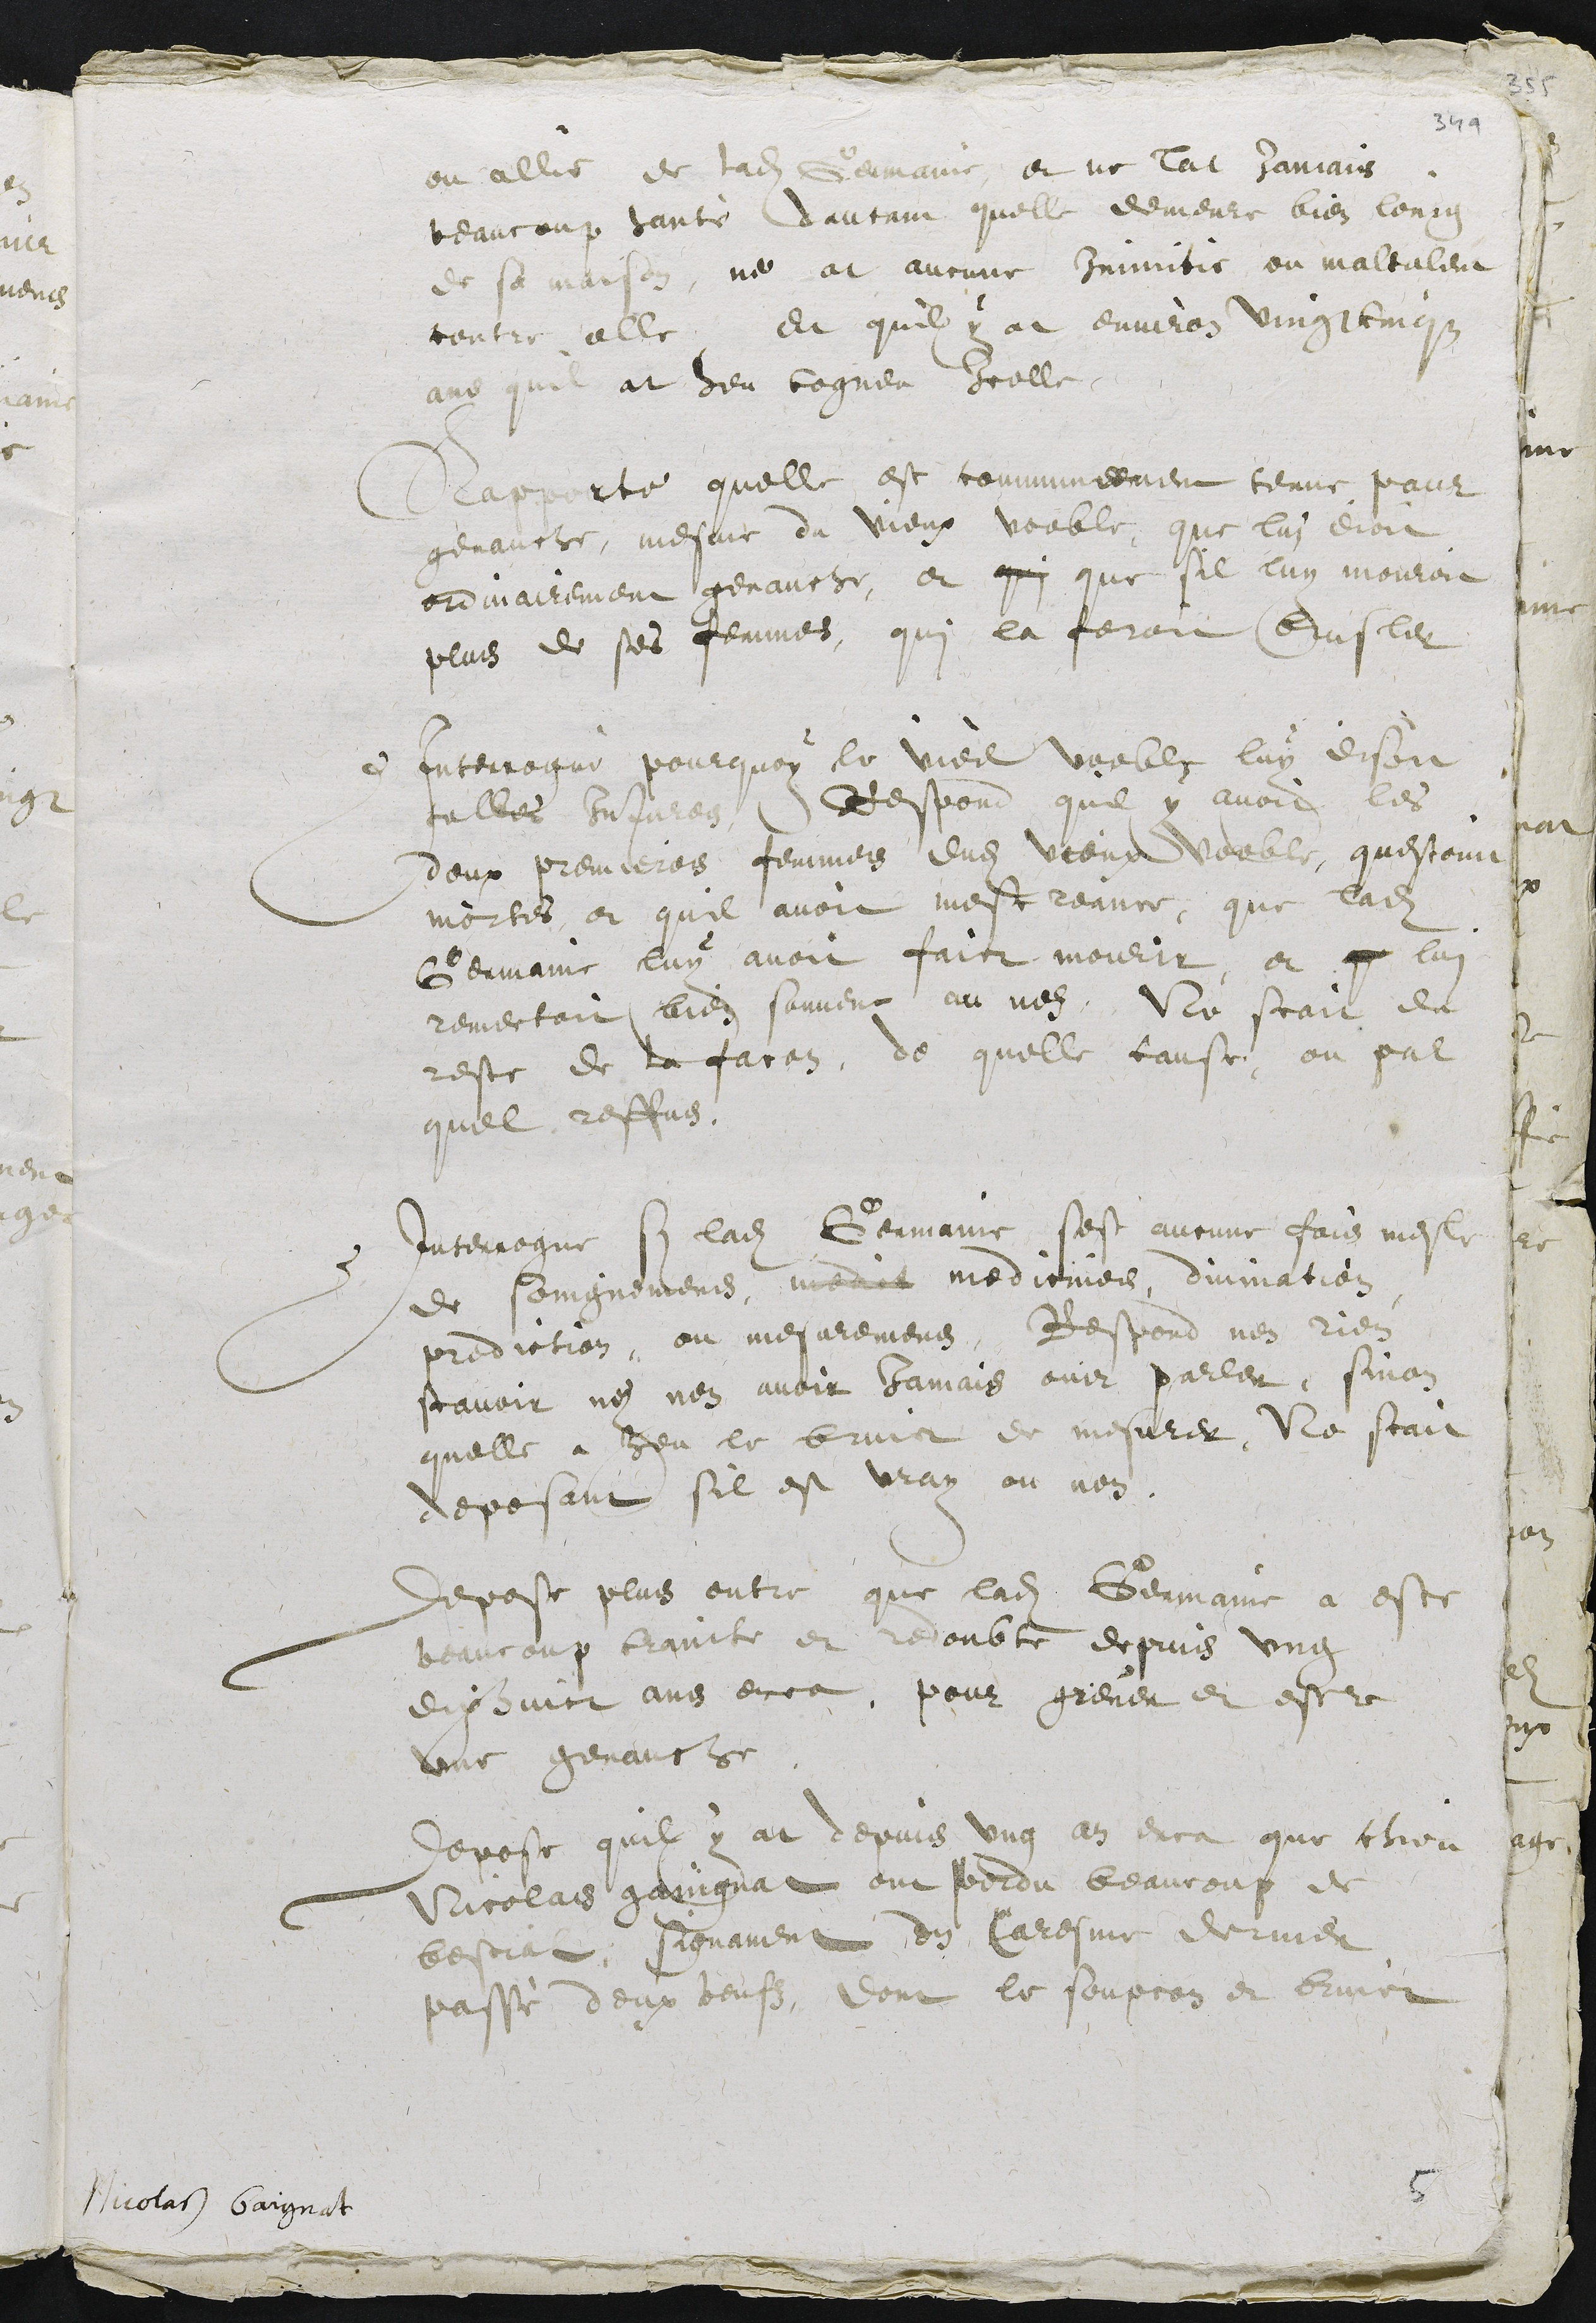
ou allié de ladite Germaine et ne lat Jamais
beaucoup hanté dautant quelle demeure bien loing
de sa maison, ne at aucune Inimitie ou maltalent
contre elle, et quil y at environ vingt cinqz
ans quil at heu cogneu icelle
Rapporte quelle est communement tenue pour
genauche, mesme du vieux voeble, que luy dioit
ordinairement genauche, et qui que sil luy mouroit
plus de ses femmes, qui la feroit brusler
Interrogué pourquoy le vieil voeble luy disoit
telles injures, Respond quil y avoit les
deux premieres femmes dudit vieux voeble, questoint
mortes, et quil avoit mescreance, que ladite
Germaine luy avoit faict mourir, et qu lui
remectoit bien souvent au nez, Ne scait du
reste de la facon, de quelle cause, ou par
quel reffus.
Interrogue si ladite Germaine, sest aucune fois mesle
de soingnemens, medit medicines, divination
prediction, ou mesuremens, Respond nen rien
scavoir ny nen avoir Jamais ouir parler sinon
quelle a heu le bruict de mesurer, Ne scait
deposant sil est vray ou non.
Depose plus outre que ladite Germaine a este
beaucoup crainte et redoubte depuis ung
dixhuict ans enca, pour grever et estre
une genauche
Depose quil y at depuis ung an enca que chieu
Nicolas gaingnat ont perdu beaucoup de
bestial, signament en Caresme dernier
passé deux beufz, dont le soupcon et bruict
Nicolas Gaignat
5